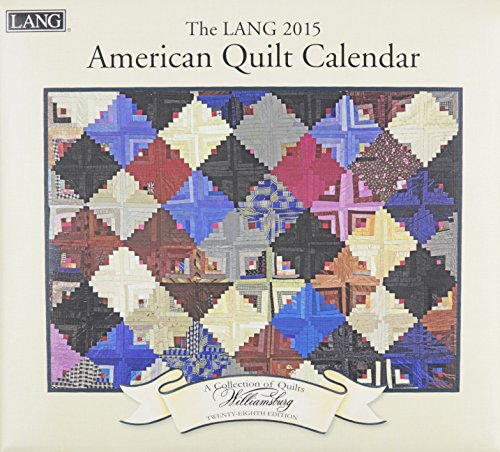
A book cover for American Quilt 2015 Calendar: Includes Bonus Downloads; Calendars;